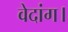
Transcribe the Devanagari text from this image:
वेदांग।